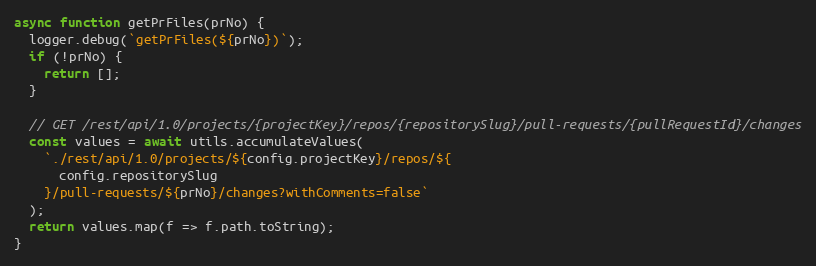
Language: JavaScript
async function getPrFiles(prNo) {
  logger.debug(`getPrFiles(${prNo})`);
  if (!prNo) {
    return [];
  }

  // GET /rest/api/1.0/projects/{projectKey}/repos/{repositorySlug}/pull-requests/{pullRequestId}/changes
  const values = await utils.accumulateValues(
    `./rest/api/1.0/projects/${config.projectKey}/repos/${
      config.repositorySlug
    }/pull-requests/${prNo}/changes?withComments=false`
  );
  return values.map(f => f.path.toString);
}